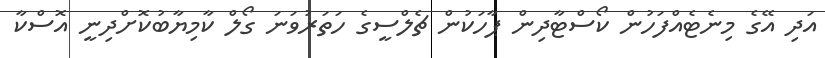
އަދި އޭގެ މިނެޓެއްފަހުން ކޯސްޓާދިން ޕާހަކުން ޗެލްސީގެ ހަތަރުވަނަ ގޯލް ކާމިޔާބުކޮށްދިނީ އޮސްކާ